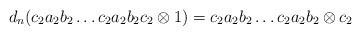
LaTeX: \begin{align*}d_n(c_2a_2b_2 \dots c_2a_2b_2c_2 \otimes 1) = c_2a_2b_2 \dots c_2a_2b_2 \otimes c_2\end{align*}